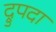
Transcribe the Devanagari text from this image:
द्रुपदा